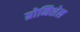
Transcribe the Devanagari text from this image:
ग्रोमिशेल